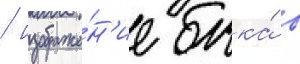
/ изображе́н'ие быка́ в